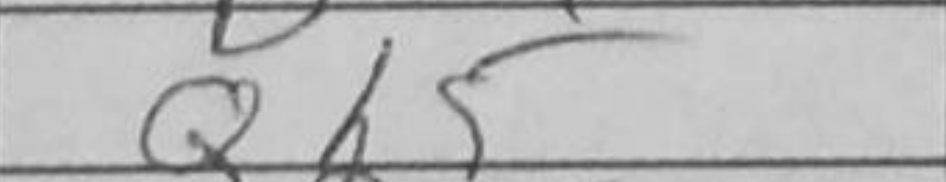
Transcription: Qh5